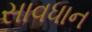
સાવધાન